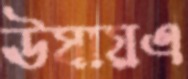
ঊষায়এ